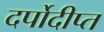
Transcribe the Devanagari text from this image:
दर्पोदीप्त